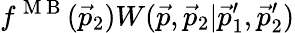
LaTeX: f^{\mathrm{~M~B~}}(\vec{p}_{2})W(\vec{p},\vec{p}_{2}|\vec{p}_{1}^{\prime},\vec{p}_{2}^{\prime})